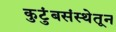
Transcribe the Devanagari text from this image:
कुटुंबसंस्थेतून